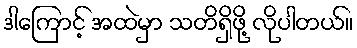
ဒါကြောင့် အထဲမှာ သတိရှိဖို့ လိုပါတယ်။